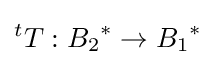
{}^{t}T:{B_{2}}^{*}\to {B_{1}}^{*}